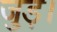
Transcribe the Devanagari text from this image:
जुड़।